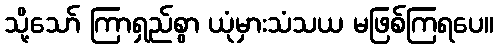
သို့သော် ကြာရှည်စွာ ယုံမှားသံသယ မဖြစ်ကြရပေ။